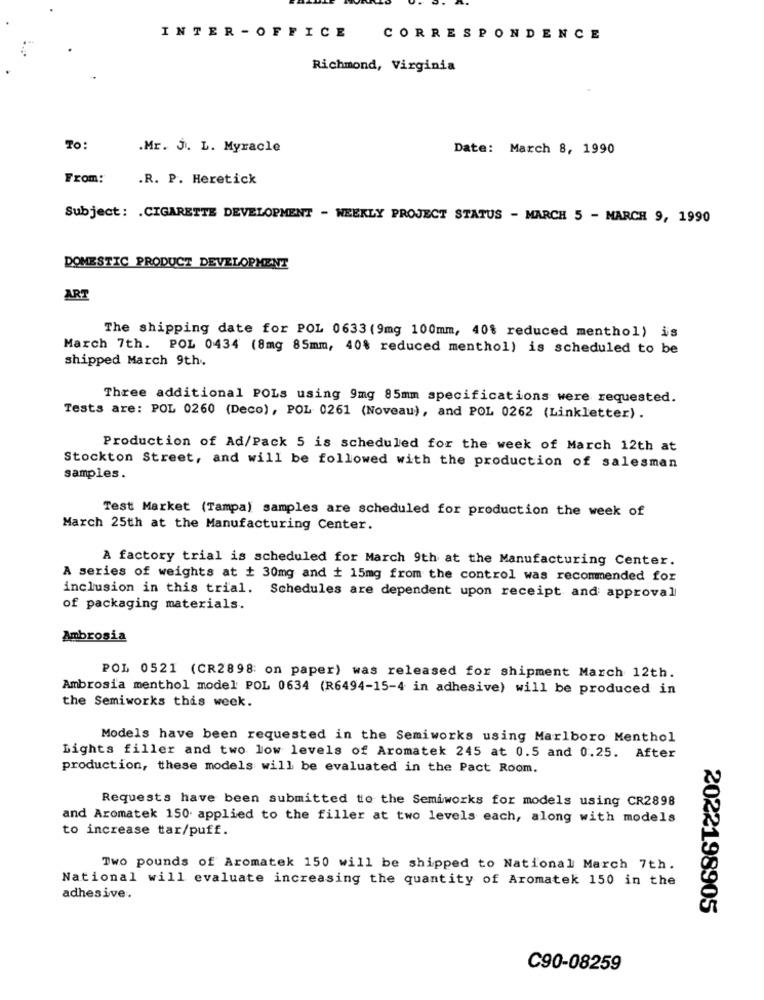
INTER - OFFICE
CORRESPONDENCE
Richmond, Virginia
TO:
.Mr. J. L. Myracle
Date: March 8, 1990
From:
.R. P. Heretick
Subject: . CIGARETTE DEVELOPMENT - WEEKLY PROJECT STATUS - MARCH 5 - MARCH 9, 1990
DOMESTIC PRODUCT DEVELOPMENT
ART
The shipping date for POL 0633 (9mg 100mm, 40% reduced menthol) is
March 7th. POL 0434 (8mg 85mm, 40% reduced menthol) is scheduled to be
shipped March 9th.
Three additional POLs using 9mg 85mm specifications were requested.
Tests are: POL 0260 (Deco), POL 0261 (Noveau), and POL 0262 (Linkletter) .
Production of Ad/Pack 5 is scheduled for the week of March 12th at
Stockton Street, and will be followed with the production of salesman
samples.
Test Market (Tampa) samples are scheduled for production the week of
March 25th at the Manufacturing Center.
A factory trial is scheduled for March 9th at the Manufacturing Center.
A series of weights at + 30mg and i 15mg from the control was recommended for
inclusion in this trial. Schedules are dependent upon receipt and approval
of packaging materials.
Ambrosia
POL 0521 (CR2898: on paper) was released for shipment March 12th.
Ambrosia menthol model POL 0634 (R6494-15-4 in adhesive) will be produced in
the Semiworks this week.
Models have been requested in the Semiworks using Marlboro Menthol
Lights filler and two low levels of Aromatek 245 at 0.5 and 0.25. After
production, these models will be evaluated in the Pact Room.
Requests have been submitted to the Semiworks for models using CR2898
and Aromatek 150 applied to the filler at two levels each, along with models
to increase tar/puff.
Two pounds of Aromatek 150 will be shipped to National March 7th.
National will evaluate increasing the quantity of Aromatek 150 in the
adhesive.
2022198905
C90-08259